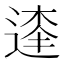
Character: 𨔱